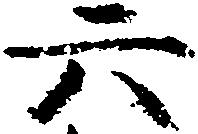
六